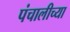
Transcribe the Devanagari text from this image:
पंचालीच्या